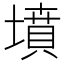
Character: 墳